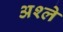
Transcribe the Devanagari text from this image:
अश्ले